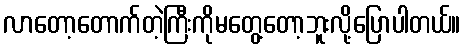
လာတော့တောက်တဲ့ကြီးကိုမတွေ့တော့ဘူးလို့ပြောပါတယ်။